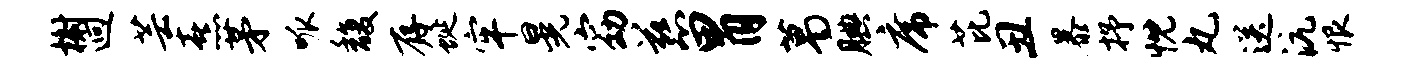
榭迥芸熹茅呱馥存蜒牢晃窈慈胃葛腆席芘丑暴抒忱丸送沆恨